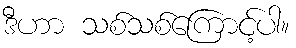
ဒီဟာ သစ်သစ်ကြောင့်ပါ။